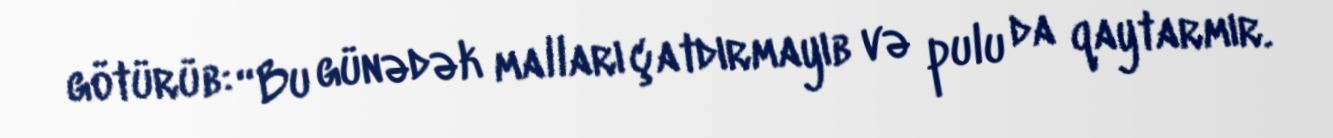
götürüb: “Bu günədək malları çatdırmayıb və pulu da qaytarmır.